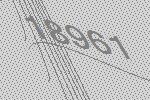
18961